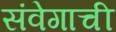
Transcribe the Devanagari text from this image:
संवेगाची